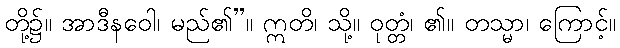
တို့၌။ အာဒီနဝေါ၊ မည်၏”။ ဣတိ၊ သို့။ ဝုတ္တံ၊ ၏။ တသ္မာ၊ ကြောင့်။